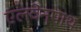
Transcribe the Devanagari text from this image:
एलवेनपाथ